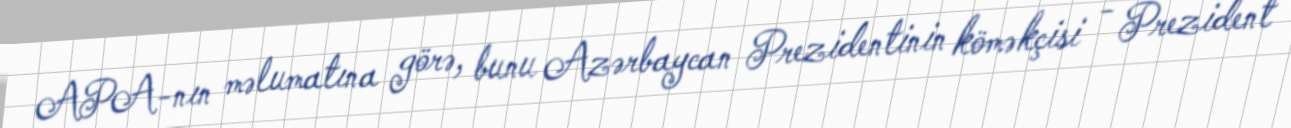
APA-nın məlumatına görə, bunu Azərbaycan Prezidentinin köməkçisi - Prezident